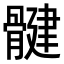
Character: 𫘳